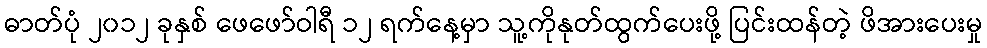
ဓာတ်ပုံ ၂၀၁၂ ခုနှစ် ဖေဖော်ဝါရီ ၁၂ ရက်နေ့မှာ သူ့ကိုနုတ်ထွက်ပေးဖို့ ပြင်းထန်တဲ့ ဖိအားပေးမှု